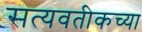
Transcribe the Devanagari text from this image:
सत्यवतीकच्या